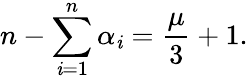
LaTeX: n-\sum_{\mathit{i}=1}^{n}\alpha_{\mathit{i}}=\frac{{\mu}}{{3}}+1.